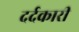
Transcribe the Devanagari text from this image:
दर्दकारी